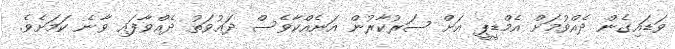
ވަޑައިގެން ދެއްވުމަށް އެމްޑީޕީ އަށް ސަރުކާރުން އަނެއްކާވެސް ދަޢުވަތު ދެއްވާފައި ވާނެ ކަމަށެވެ.